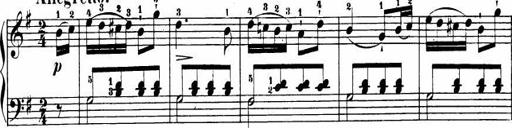
Title: Le bouquetier
Composer: Anton Diabelli
Key: G major
 C major
 F major
 C major